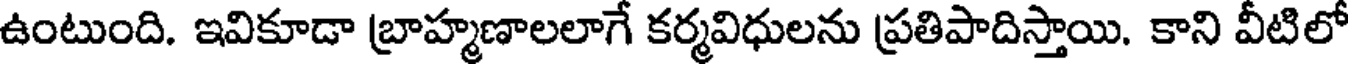
ఉంటుంది. ఇవికూడా బ్రాహ్మణాలలాగే కర్మవిధులను ప్రతిపాదిస్తాయి. కాని వీటిలో